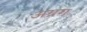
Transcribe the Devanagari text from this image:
अग्रग